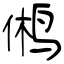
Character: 鸺